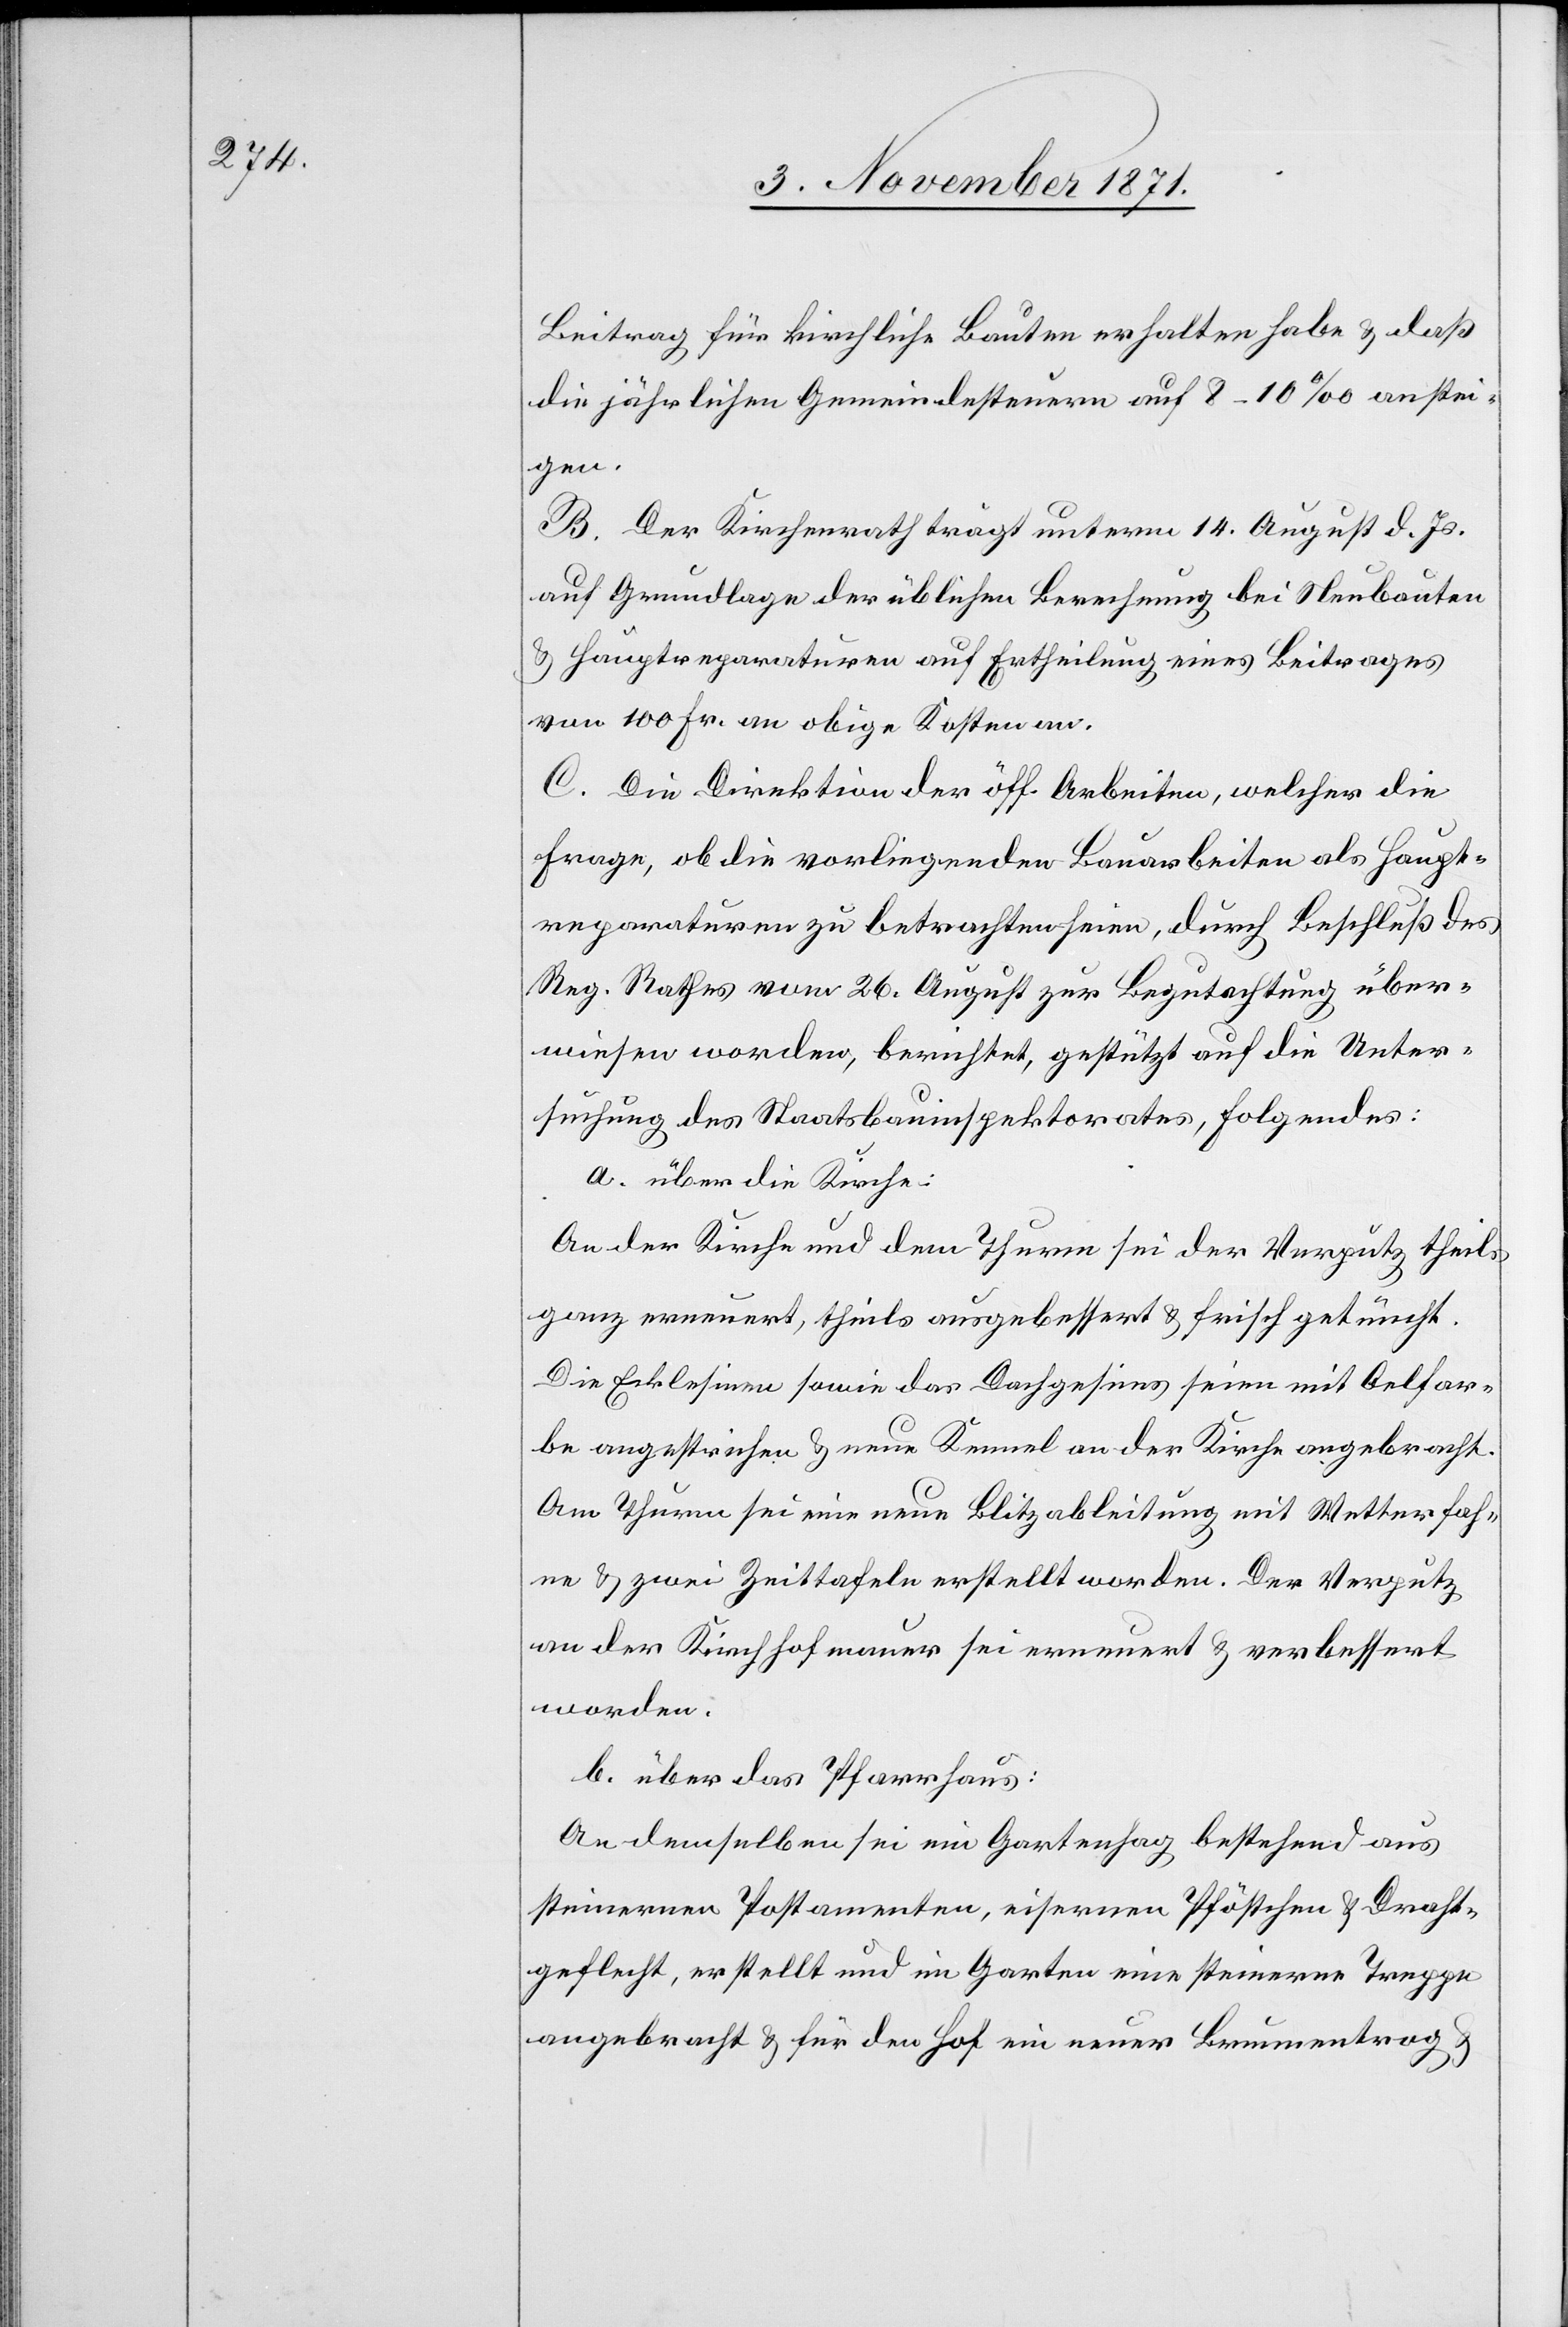
Beitrag für kirchliche Bauten erhalten habe & daß
die jährlichen Gemeindesteuern auf 8–10‰ anstei¬
gen.
B. Der Kirchenrath trägt unterm 14. August d. Js.
auf Grundlage der üblichen Berechnung bei Neubauten
& Hauptreparaturen auf Ertheilung eines Beitrages
von 100 Fr. an obige Kosten an.
C. Die Direktion der öff. Arbeiten, welcher die
Frage, ob die vorliegenden Bauarbeiten als Haupt¬
reparaturen zu betrachten seien, durch Beschluß des
Reg. Rathes vom 26. August zur Begutachtung über¬
wiesen worden, berichtet, gestützt auf die Unter¬
suchung des Staatsbauinspektorates, folgendes:
a. über die Kirche:
An der Kirche und dem Thurm sei der Verputz theils
ganz erneuert, theils ausgebessert & frisch getüncht.
[recte: Ecklisene] sowie das Dachgesims seien mit Oelfar¬
be angestrichen & neue Kennel an der Kirche angebracht.
Am Thurm sei eine neue Blitzableitung mit Wetterfah¬
ne & zwei Zeittafeln erstellt worden. Der Verputz
an den Kirchhofmauer sei erneuert & verbessert
worden.
b. über das Pfarrhaus:
An demselben sei ein Gartenhag bestehend aus
steinernen Postamenten, eisernen Pföstchen & Draht¬
geflecht, erstellt und im Garten eine steinerne Treppe
angebracht & für den Hof ein neuer Brunnentrog